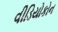
વીડિયોકોન